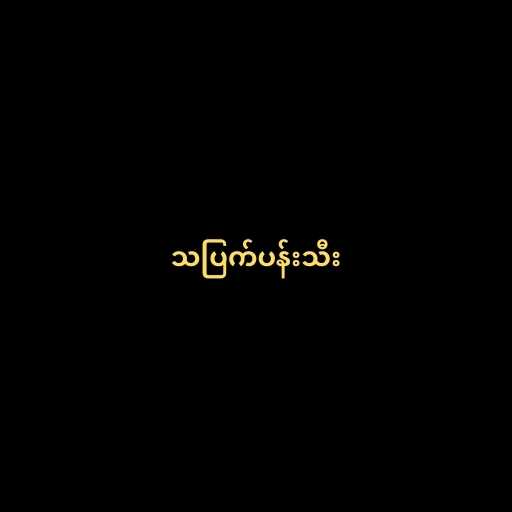
သပြက်ပန်းသီး